Report of the Indian Hemp Drugs Commission, 1894-1895 - Volume VII
Year: 1894
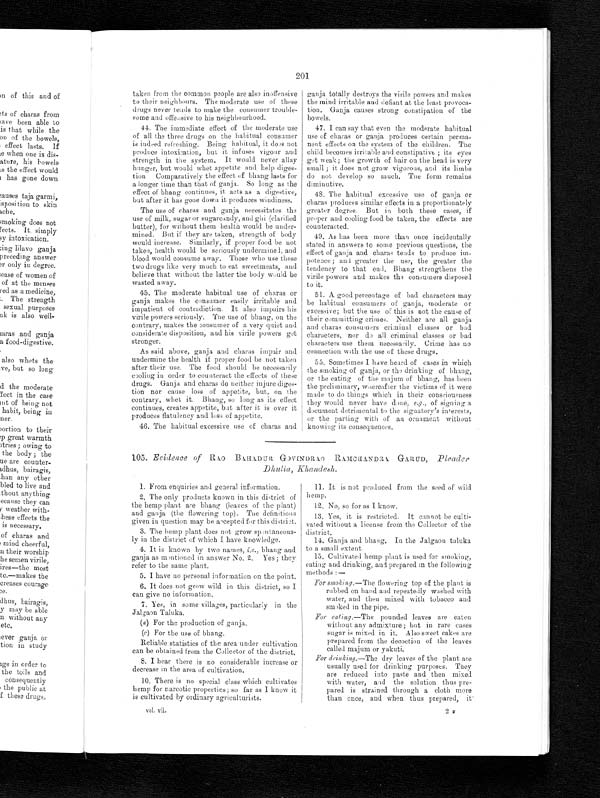
201
taken from the common people are also inoffensive
to their neighbours. The moderate use of these
drugs never tends to make the consumer trouble-
some and offensive to his neighbourhood.
44. The immediate effect of the moderate use
of all the three drugs on the habitual consumer
is indeed refreshing. Being habitual, it doss not
produce intoxication, but it infuses vigour and
strength in the system. It would never allay
hunger, but would whet appetite and help diges-
tion Comparatively the effect of bhang lasts for
a longer time than that of ganja. So long as the
e f f e c t o f b h a n g c o n t i n u e s , i t a c t s a s a d i g e s t i v e , b u t a f t e r i t h a s g o n e d o w n i t p r o d u c e s w i n d i n e s s .
The use of charas and ganja necessitates the
use of milk, sugar or sugarcandy, and ghi (clarified
butter), for without them health would be under-
mined. But if they are taken, strength of body
would increase. Similarly, if proper food be not
taken, health would be seriously undermined, and
blood would consume away. Those who use these
two drugs like very much to eat sweetmeats, and
believe that without the latter the body would be
wasted away.
45. The moderate habitual use of charas or
ganja makes the consumer easily irritable and
impatient of contradiction. It also impairs his
virile powers seriously. The use of bhang, on the
contrary, makes the consumer of a very quiet and
considerate disposition, and his virile powers get
stronger.
As said above, ganja and charas impair and
undermine the health if proper food be not taken
after their use. The food should be necessarily
cooling in order to counteract the effects of these
drugs. Ganja and charas do neither injure diges-
tion nor cause loss of appetite, but, on the
contrary, whet it. Bhang, so long as its effect
continues, creates appetite, bat after it is over it
produces flatulency and loss of appetite.
46. The habitual excessive use of chains and
ganja totally destroys the virile powers and makes
the mind irritable and defiant at the least provoca-
tion. Ganja causes strong constipation of the
bowels.
47. I can say that even the moderate habitual
use of charas or ganja produces certain perma-
nent effects on the system of the children. The
child becomes irritable and constipative ; its eyes
get weak ; the growth of hair on the head is very
small ; it does not grow vigorous, and it.s limbs
do not develop so much. Toe form remains
diminutive.
48.
T h e h a b i t u a l e x c e s s i v e u s e o f g a n j a o r c h a r a s
produces similar effects in a proportionately
greater degree. But in both these cases, if
proper and cooling food be taken, the effects are
counteracted.
49. As has been more than once incidentally
stated in answers to some previous questions, the
effect of ganja and charm tends to produce im-
potence; and greater the use, the greater the
tendency to that end. Bhang strengthens the
virile powers and makes the consumers disposed
to it.
51. A good percentage of bad characters may
be habitual consumers of ganja, moderate or
excessive; but the use of this is not the cause of
their committing crimes. Neither are all ganja
and charas consumers criminal classes or bad
characters, nor do all criminal classes or bad
characters use them necessarily. Crime has no
connection with the use of these drugs.
55. Sometimes I have heard of cases in which
the smoking of ganja, or the drinking of bhang,
or the eating of the majum of bhang, has been
the preliminary, whereafter the victims of it were
made to do things which in their consciousness
they would never have done, e.g., of signing a
document detrimental to the signatory's interests,
or the parting with of an ornament without
knowing its consequences.
105. Evidence of RAO BAHADUR GOVINDRAO RAMCHANDRA GARUD, Pleader
Dhulia, Khandesh .
1. From enquiries and general information.
2. The only products known in this district of
the hemp plant are bhang (leaves of the plant)
and ganja (the flowering top). The definitions
given in question may be accepted for this district.
3. The hemp plant does not grow
spontaneous¬ly in the district of which I have knowledge.
4. It is known by two names, i.e., bhang and
ganja as mentioned in answer No. 2. Yes ; they
refer to the same plant.
5. I have no personal information on the point.
6. It does not grow wild in this district, so I
can give no information.
7. Yes, in some villages, particularly in the
Jalgaon Taluka.
(a) For the production of ganja.
(c) For the use of bhang.
Reliable statistics of the area under cultivation
can be obtained from the Collector of the district.
8. I hear there is no considerable increase or
decrease in the area of cultivation.
10. There is no special class which cultivates
hemp for narcotic properties; so far as I know it
is cultivated by ordinary agriculturists.
vol. vii.
11. It is not produced from the seed of wild
hemp.
12. No, so for as I know.
13. Yes, it is restricted. It cannot he culti-
vated without a license from the Collector of the
district.
14. Ganja and bhang. In the Jalgaon taluka
to a small extent.
15. Cultivated hemp plant is used for smoking,
eating and drinking, and prepared in the following
methods :—
For smoking .—The flowering top of the plant is
rubbed on hand and repeatedly washed with
water, and then mixed with tobacco and
smoked in the pipe.
For eating.—The pounded leaves are eaten
without any admixture ; but in rare cases
sugar is mixed in it. Also sweet cakes are
prepared from the decoction of the leaves
called majum or yakuti.
For drinking .—The dry leaves of the plant are
usually used for drinking purposes, They
are reduced into paste and then mixed
with water, and the solution thus pre-
pared is strained through a cloth more
than once, and when thus prepared, it
2 F